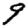
Digit: 9